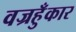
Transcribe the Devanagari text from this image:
वज्रहुँकार